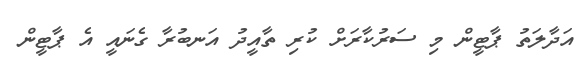
އަދާލަތު ޕާޓީން މި ސަރުކާރަށް ކުރި ތާއީދު އަނބުރާ ގެނައީ އެ ޕާޓީން